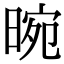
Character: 晼